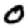
Digit: 0